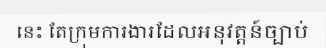
នេះ តែក្រុមការងារដែលអនុវត្តន៍ច្បាប់